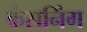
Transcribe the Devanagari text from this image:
कंसनिंग